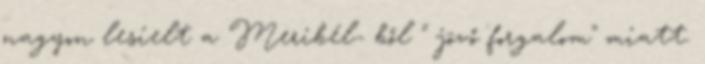
nagyon lesíelt a Meribél- ből " jövő forgalom" miatt.